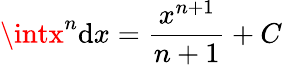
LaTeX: \intx^{n}\mathrm{d}x=\frac{{x^{n+1}}}{{n+1}}+C